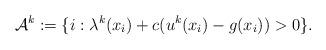
LaTeX: \begin{align*}\mathcal{A}^k := \{ i: \lambda^k(x_i) + c(u^k(x_i) - g(x_i)) > 0 \}.\end{align*}